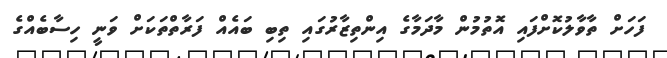
ފަހަށް ތާވާލުކޮށްފައި އޮތުމުން މާދަމާގެ އިންތިޒާރުގައި ތިބި ބައެއް ފަރާތްތަކަށް ވަނީ ހިސާބެއްގެ